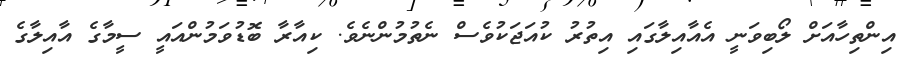
އިންތިހާއަށް ލޯބިވަނީ އެއާއިލާގައި އިތުރު ކުއަޖަކުވެސް ނެތުމުންނެވެ. ކިއާރާ ބޮޑުވަމުންއައީ ސީމާގެ އާއިލާގެ